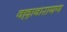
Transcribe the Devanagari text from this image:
वल्लावारायण